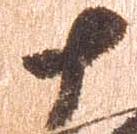
十